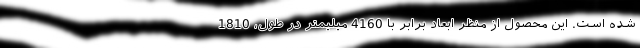
شده است. این محصول از منظر ابعاد برابر با 4160 میلیمتر در طول، 1810